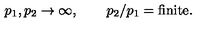
p _ { 1 } , p _ { 2 } \to \infty , \qquad p _ { 2 } / p _ { 1 } = \mathrm { f i n i t e } .